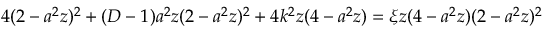
4 ( 2 - a ^ { 2 } z ) ^ { 2 } + ( D - 1 ) a ^ { 2 } z ( 2 - a ^ { 2 } z ) ^ { 2 } + 4 k ^ { 2 } z ( 4 - a ^ { 2 } z ) = \xi z ( 4 - a ^ { 2 } z ) ( 2 - a ^ { 2 } z ) ^ { 2 }